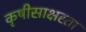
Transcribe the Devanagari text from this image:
कृषीसाक्षरता